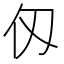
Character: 仭